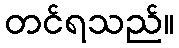
တင်ရသည်။